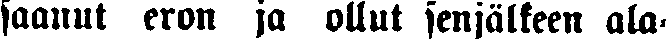
saanut eron ja ollut senjälkeen ala-